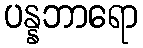
ပန္နဘာရော